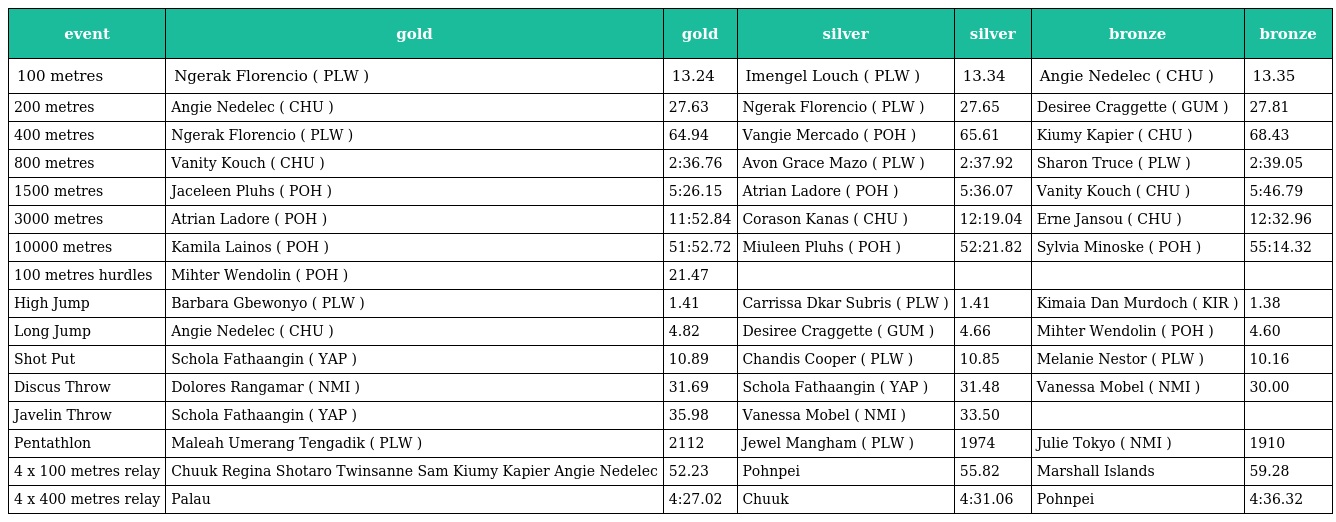
| event | gold | gold | silver | silver | bronze | bronze |
 | --- | --- | --- | --- | --- | --- | --- |
 | 100 metres | Ngerak Florencio ( PLW ) | 13.24 | Imengel Louch ( PLW ) | 13.34 | Angie Nedelec ( CHU ) | 13.35 |
 | 200 metres | Angie Nedelec ( CHU ) | 27.63 | Ngerak Florencio ( PLW ) | 27.65 | Desiree Craggette ( GUM ) | 27.81 |
 | 400 metres | Ngerak Florencio ( PLW ) | 64.94 | Vangie Mercado ( POH ) | 65.61 | Kiumy Kapier ( CHU ) | 68.43 |
 | 800 metres | Vanity Kouch ( CHU ) | 2:36.76 | Avon Grace Mazo ( PLW ) | 2:37.92 | Sharon Truce ( PLW ) | 2:39.05 |
 | 1500 metres | Jaceleen Pluhs ( POH ) | 5:26.15 | Atrian Ladore ( POH ) | 5:36.07 | Vanity Kouch ( CHU ) | 5:46.79 |
 | 3000 metres | Atrian Ladore ( POH ) | 11:52.84 | Corason Kanas ( CHU ) | 12:19.04 | Erne Jansou ( CHU ) | 12:32.96 |
 | 10000 metres | Kamila Lainos ( POH ) | 51:52.72 | Miuleen Pluhs ( POH ) | 52:21.82 | Sylvia Minoske ( POH ) | 55:14.32 |
 | 100 metres hurdles | Mihter Wendolin ( POH ) | 21.47 |  |  |  |  |
 | High Jump | Barbara Gbewonyo ( PLW ) | 1.41 | Carrissa Dkar Subris ( PLW ) | 1.41 | Kimaia Dan Murdoch ( KIR ) | 1.38 |
 | Long Jump | Angie Nedelec ( CHU ) | 4.82 | Desiree Craggette ( GUM ) | 4.66 | Mihter Wendolin ( POH ) | 4.60 |
 | Shot Put | Schola Fathaangin ( YAP ) | 10.89 | Chandis Cooper ( PLW ) | 10.85 | Melanie Nestor ( PLW ) | 10.16 |
 | Discus Throw | Dolores Rangamar ( NMI ) | 31.69 | Schola Fathaangin ( YAP ) | 31.48 | Vanessa Mobel ( NMI ) | 30.00 |
 | Javelin Throw | Schola Fathaangin ( YAP ) | 35.98 | Vanessa Mobel ( NMI ) | 33.50 |  |  |
 | Pentathlon | Maleah Umerang Tengadik ( PLW ) | 2112 | Jewel Mangham ( PLW ) | 1974 | Julie Tokyo ( NMI ) | 1910 |
 | 4 x 100 metres relay | Chuuk Regina Shotaro Twinsanne Sam Kiumy Kapier Angie Nedelec | 52.23 | Pohnpei | 55.82 | Marshall Islands | 59.28 |
 | 4 x 400 metres relay | Palau | 4:27.02 | Chuuk | 4:31.06 | Pohnpei | 4:36.32 |